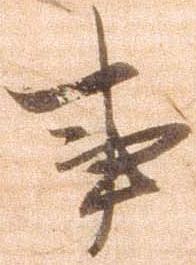
事